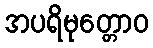
အပရိမုတ္တောဝ